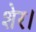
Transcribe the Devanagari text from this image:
शेर।